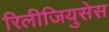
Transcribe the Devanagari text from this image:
रिलीजियुसेस